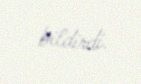
bildirdi.